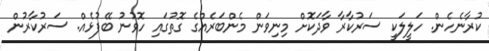
ކުރާނެހެން. ހަލީލަކީ ސަރުކާރާ ވާދަކޮށް މިނިވަން މެންބަރެއްގެ ގޮތުގައި ހޮވުނު ބޭފުޅެއް. ސަރުކާރުން